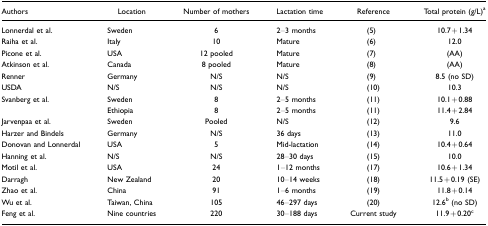
<table><thead><tr><td><b>Authors</b></td><td><b>Location</b></td><td><b>Number of mothers</b></td><td><b>Lactation time</b></td><td><b>Reference</b></td><td><b>Total protein (g/L)a</b></td></tr></thead><tbody><tr><td>Lonnerdal et al.</td><td>Sweden</td><td>6</td><td>2–3 months</td><td>(5)</td><td>10.7+1.34</td></tr><tr><td>Raiha et al.</td><td>Italy</td><td>10</td><td>Mature</td><td>(6)</td><td>12.0</td></tr><tr><td>Picone et al.</td><td>USA</td><td>12 pooled</td><td>Mature</td><td>(7)</td><td>(AA)</td></tr><tr><td>Atkinson et al.</td><td>Canada</td><td>8 pooled</td><td>Mature</td><td>(8)</td><td>(AA)</td></tr><tr><td>Renner</td><td>Germany</td><td>N/S</td><td>N/S</td><td>(9)</td><td>8.5 (no SD)</td></tr><tr><td>USDA</td><td>N/S</td><td>N/S</td><td>N/S</td><td>(10)</td><td>10.3</td></tr><tr><td>Svanberg et al.</td><td>Sweden</td><td>8</td><td>2–5 months</td><td>(11)</td><td>10.1+0.88</td></tr><tr><td></td><td>Ethiopia</td><td>8</td><td>2–5 months</td><td>(11)</td><td>11.4+2.84</td></tr><tr><td>Jarvenpaa et al.</td><td>Sweden</td><td>Pooled</td><td>N/S</td><td>(12)</td><td>9.6</td></tr><tr><td>Harzer and Bindels</td><td>Germany</td><td>N/S</td><td>36 days</td><td>(13)</td><td>11.0</td></tr><tr><td>Donovan and Lonnerdal</td><td>USA</td><td>5</td><td>Mid-lactation</td><td>(14)</td><td>10.4+0.64</td></tr><tr><td>Hanning et al.</td><td>N/S</td><td>N/S</td><td>28–30 days</td><td>(15)</td><td>10.0</td></tr><tr><td>Motil et al.</td><td>USA</td><td>24</td><td>1–12 months</td><td>(17)</td><td>10.6+1.34</td></tr><tr><td>Darragh</td><td>New Zealand</td><td>20</td><td>10–14 weeks</td><td>(18)</td><td>11.5+0.19 (SE)</td></tr><tr><td>Zhao et al.</td><td>China</td><td>91</td><td>1–6 months</td><td>(19)</td><td>11.8+0.14</td></tr><tr><td>Wu et al.</td><td>Taiwan, China</td><td>105</td><td>46–297 days</td><td>(20)</td><td>12.6b (no SD)</td></tr><tr><td>Feng et al.</td><td>Nine countries</td><td>220</td><td>30–188 days</td><td>Current study</td><td>11.9+0.20c</td></tr></tbody></table>